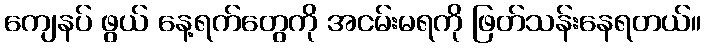
ကျေနပ် ဖွယ် နေ့ရက်တွေကို အငမ်းမရကို ဖြတ်သန်းနေရတယ်။